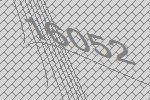
16052